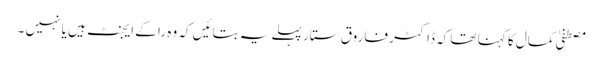
مصطفیٰ کمال کا کہنا تھا کہ ڈاکٹر فاروق ستار پہلے یہ بتائیں کہ وہ را کے ایجنٹ ہیں یا نہیں ۔